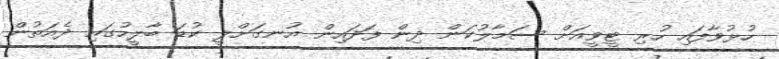
ހުޅުވާފައި ހުރި ޓީވީއަށް ސަމާލުކަން ދިން ފަދައިން އުނގަށްލީ ކުޑަ ބާލީހުގައި ދެއަތުން